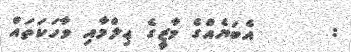
:      އެބަޔެއްގެ މާޒީގެ ޢިލްމާއި ވާހަކަތައް